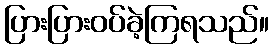
ပြားပြားဝပ်ခဲ့ကြရသည်။